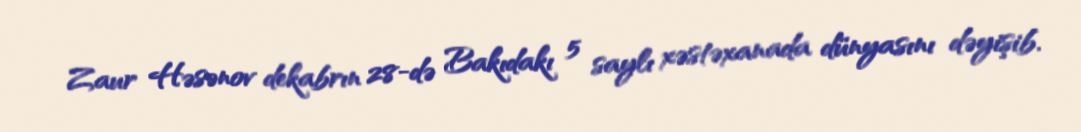
Zaur Həsənov dekabrın 28-də Bakıdakı 5 saylı xəstəxanada dünyasını dəyişib.